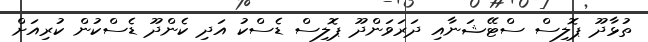
ތުޅާދޫ ޕޮލިސް ސްޓޭޝަނާއި ދަރަވަންދޫ ޕޮލިސް ޑެސްކު އަދި ކެންދޫ ޑެސްކުން ކުރިއަށް